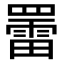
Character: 䍣